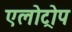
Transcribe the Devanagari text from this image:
एलोट्रोप